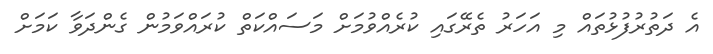
އެ ދަތުރުފުޅުތައް މި އަހަރު ތެރޭގައި ކުރެއްވުމަށް މަސައްކަތް ކުރައްވަމުން ގެންދަވާ ކަމަށް